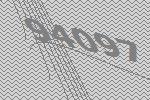
94097